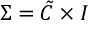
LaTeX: \Sigma = \tilde { \cal { C } } \times I